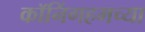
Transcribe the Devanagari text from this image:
कॉनिंगहमच्या